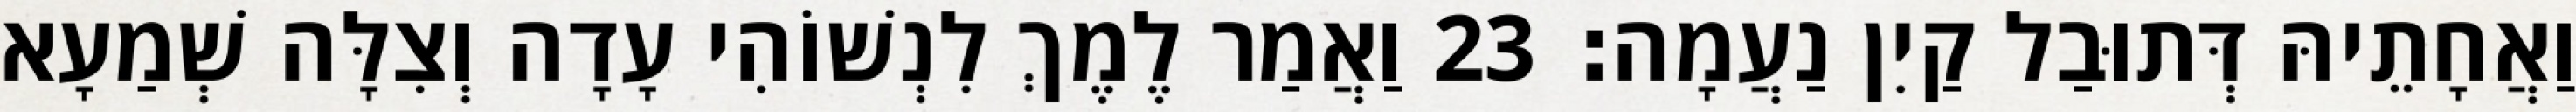
וַאֲחָתֵיהּ דְּתוּבַל קַיִן נַעֲמָה׃ 23 וַאֲמַר לֶמֶךְ לִנְשׁוֹהִי עָדָה וְצִלָּה שְׁמַעָא